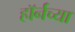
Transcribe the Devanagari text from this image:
हाॅर्नच्या